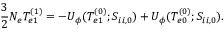
\frac { 3 } { 2 } N _ { e } T _ { e 1 } ^ { ( 1 ) } = - U _ { \phi } ( T _ { e 1 } ^ { ( 0 ) } ; S _ { i i , 0 } ) + U _ { \phi } ( T _ { e 0 } ^ { ( 0 ) } ; S _ { i i , 0 } ) .